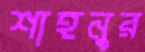
শাহনুর